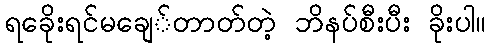
ရခေိုးရင်မချေ်တာတ်တဲ့ ဘိနပ်စီးပီး ခိုးပါ။